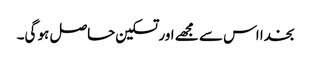
بخدا اس سے مجھے اور تسکین حاصل ہو گی۔